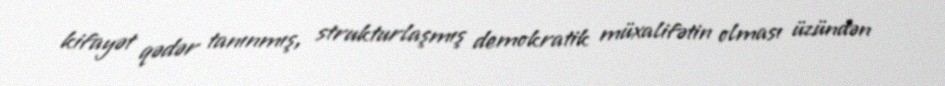
kifayət qədər tanınmış, strukturlaşmış demokratik müxalifətin olması üzündən